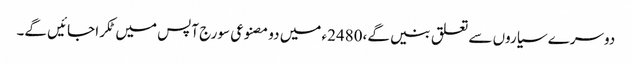
دوسرے سیاروں سے تعلق بنیں گے،2480ء میں دو مصنوعی سورج آپس میں ٹکرا جائیں گے۔